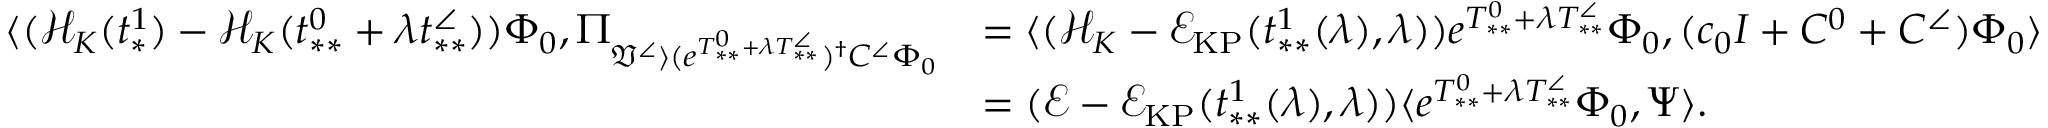
\begin{array} { r l } { \langle ( \mathcal { H } _ { K } ( t _ { * } ^ { 1 } ) - \mathcal { H } _ { K } ( t _ { * * } ^ { 0 } + \lambda t _ { * * } ^ { \angle } ) ) \Phi _ { 0 } , \Pi _ { \mathfrak { V } ^ { \angle } \rangle ( e ^ { T _ { * * } ^ { 0 } + \lambda T _ { * * } ^ { \angle } } ) ^ { \dag } C ^ { \angle } \Phi _ { 0 } } } & { = \langle ( \mathcal { H } _ { K } - \mathcal { E } _ { \mathrm { K P } } ( t _ { * * } ^ { 1 } ( \lambda ) , \lambda ) ) e ^ { T _ { * * } ^ { 0 } + \lambda T _ { * * } ^ { \angle } } \Phi _ { 0 } , ( c _ { 0 } I + C ^ { 0 } + C ^ { \angle } ) \Phi _ { 0 } \rangle } \\ & { = ( \mathcal { E } - \mathcal { E } _ { \mathrm { K P } } ( t _ { * * } ^ { 1 } ( \lambda ) , \lambda ) ) \langle e ^ { T _ { * * } ^ { 0 } + \lambda T _ { * * } ^ { \angle } } \Phi _ { 0 } , \Psi \rangle . } \end{array}